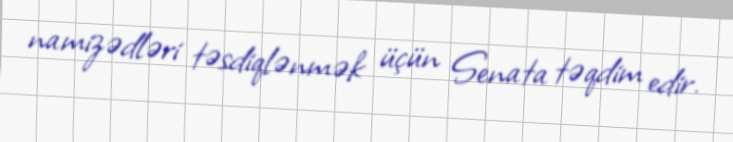
namizədləri təsdiqlənmək üçün Senata təqdim edir.